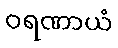
ဝရဏာယံ